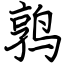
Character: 鹑